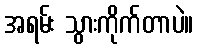
အရမ်း သွားကိုက်တာပဲ။